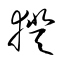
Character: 揆